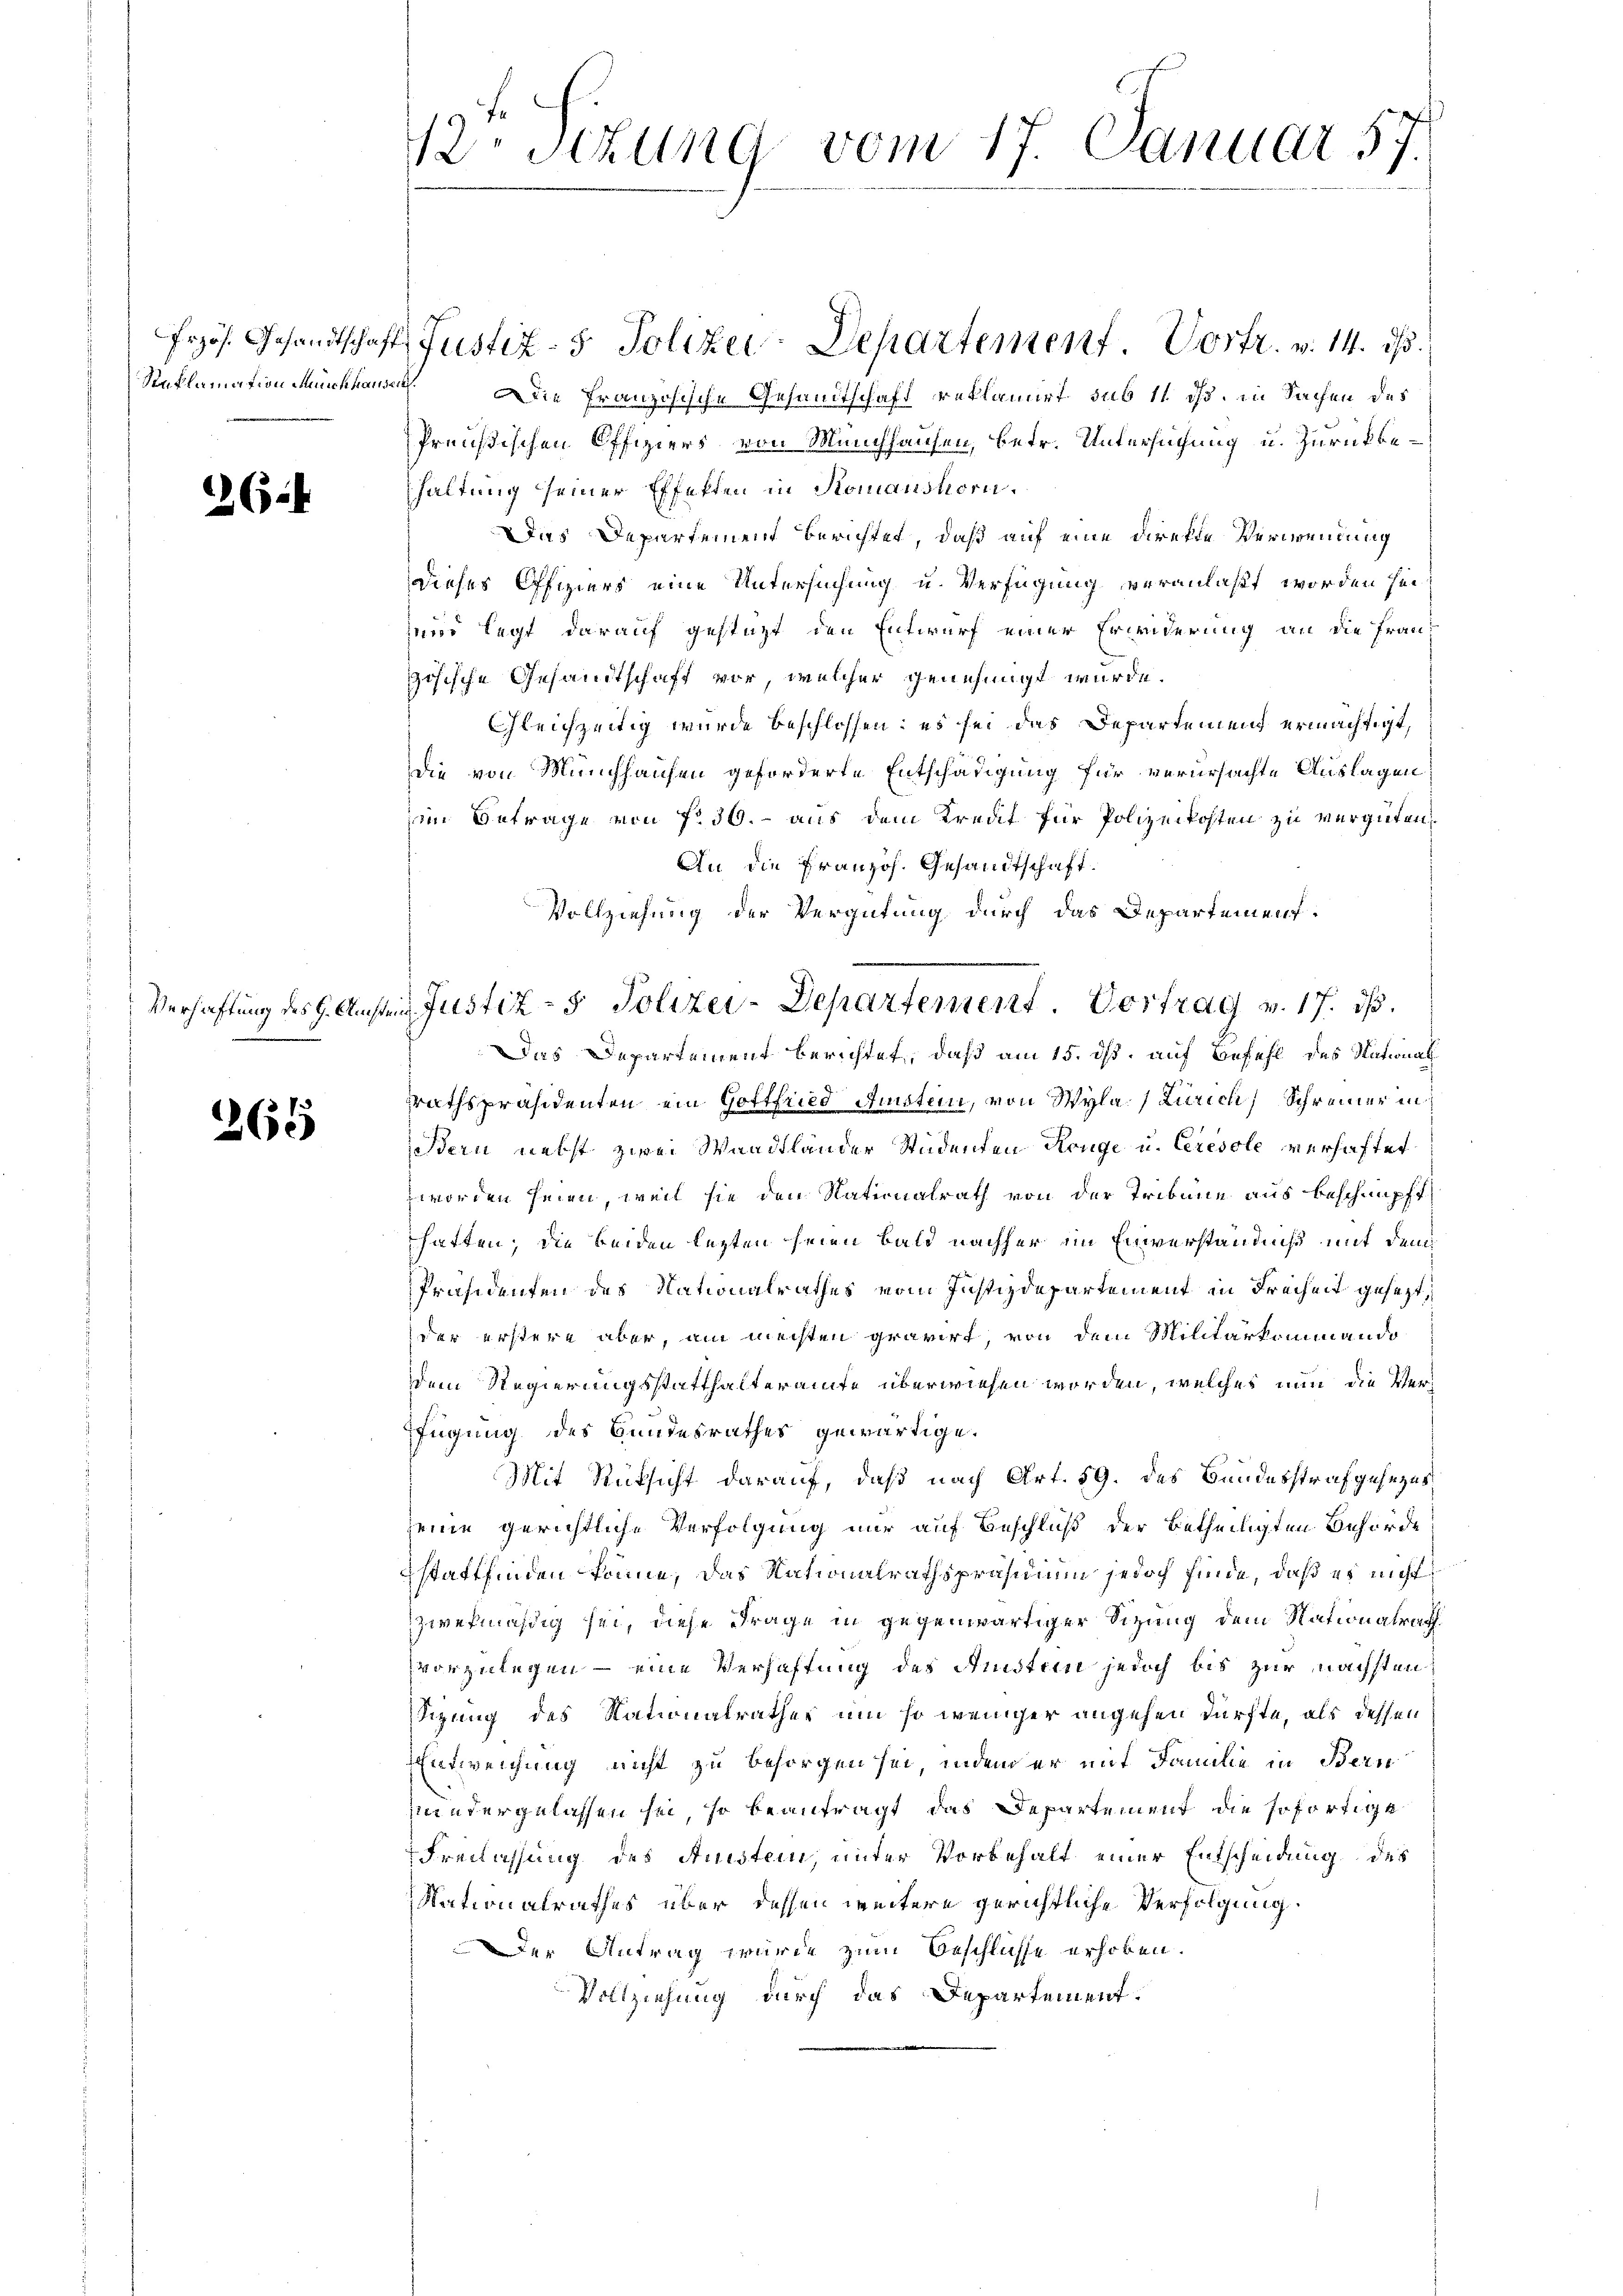
62

265

V. schung vom 17. Januar 57.

Reklamation Munchhause. Die Französische Gesandtschaft reklamirt sub 11 ds. in Sachen des
Preußischen Offiziers von Münchhausen, betr. Untersuchung u. zurückbehaltung seiner Effekten in Komanshorn.
Das Departement berichtet, daß auf eine Direkte Verwendung
dieses Offiziers eine Untersuchung u. Verfügung veranlaßt worden sei,
und legt darauf gestatt den Entwurf einer Erwiderung an die Franz
gösische Gesandtschaft vor, welcher genehmigt wurde.
Gleichzeitig wurde beschlossen: es sei das Departemend ermächtigt,
die von Münchhausen geforderte Entschädigung für verursachte Auslagen
im Betrage von No 36. - aus dem Kredit für Polizeikosten zu vergüten,
An die Französ. Gesandtschaft.
Vollziehung der Vergütung durch das Departement.
Das Departement berichtet, daß am 15. ds. auf Befehl des National
rathspräsidenten ein Gottfried Amsten, von Wyla (Zürich, Schreiner in
Bern nebst zwei Waadtländer Studenten Range u. Ceresole verhaftet
worden seien, weil sie den Nationalrath von der Tribune aus beschnüpft
hatten; die beiden lezten seien bald nachher im Einverständniß mit dem
Präsidenten des Natonalrathes vom Justizdepartement in Freiheit gesezt,
der erstere aber, am mechten gravirt, von dem Militärkommando
dem Regierungsstatthalteramte überwiesen worden, welches nun die Verfügung des Bundesrathes gewärtige.
Mit Rüksicht darauf, daß nach Art. 59. des Bundesstrafgesezes
seine gerichtliche Verfolgung nur auf Beschluß der betheiligten Behörde
stattfinden könne, das Nationalrathspräsidium jedoch finde, daß es nicht
zwefmäßig sei, diese Frage in gegenwärtiger Sitzung dem Nationalrath
vorzulegen – eine Verhaftung des Anstein jedoch bis zur nächsten
sizung des Nationalrathes um so weniger angehen dürfte, als dessen
Entweichung nicht zu besorgen sei, indem er mit Familie in Bern
mindergelassen sei, so beantragt das Departement die sofortige
Freilassung des Anstein, unter Vorbehalt einer Entscheidung des
Nationalrathes über dessen weitere gerichtliche Verfolgung.
Der Antrag wurde zum Beschlüsse erhoben.
Vollziehung durch das Departement.

Frzös. Gesandtschaft Justiz- & Polizer-Departement Vortr. v. 14. ds.

Verhaftung des H. Amstein Justiz- & Polizei-Departement. Vortrag v. 17. dβ.